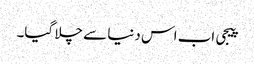
پیجی اب اس دنیا سے چلا گیا۔